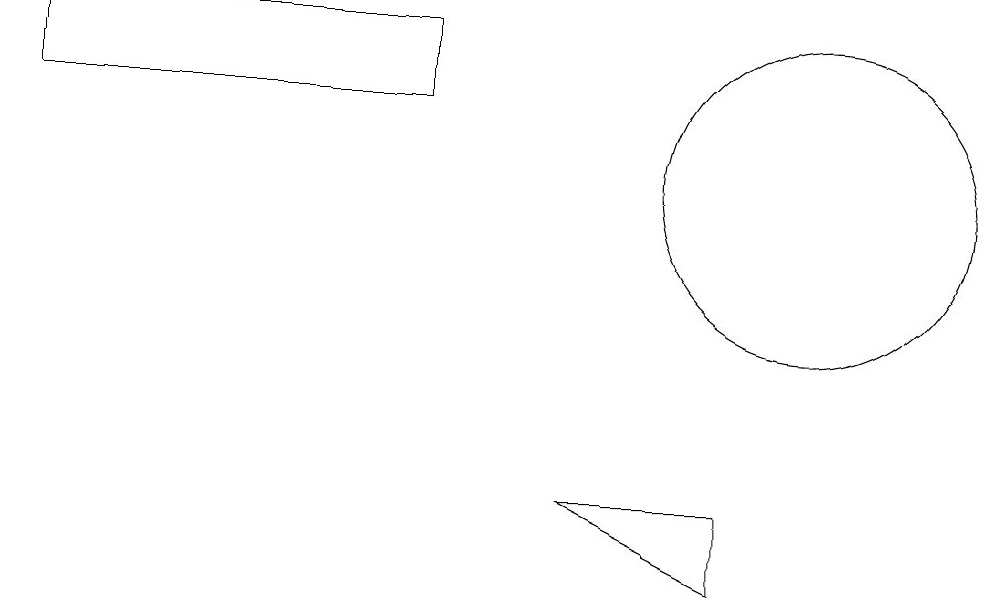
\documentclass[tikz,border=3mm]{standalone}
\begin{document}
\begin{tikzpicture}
\draw (10,11) circle (2);
\draw (5,13) rectangle (0,12);
\draw (7,7) -- (9,7) -- (9,6) -- cycle;
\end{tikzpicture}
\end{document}